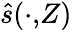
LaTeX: \hat{s}(\cdot,\! Z)